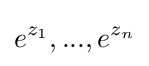
e^{z_{1}},...,e^{z_{n}}